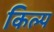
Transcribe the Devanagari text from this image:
किल्प